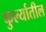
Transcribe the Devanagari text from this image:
कुर्ल्यातील